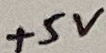
Text: +5V